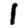
Digit: 1